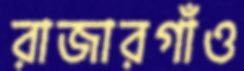
রাজারগাঁও